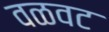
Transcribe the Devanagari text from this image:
वळवट